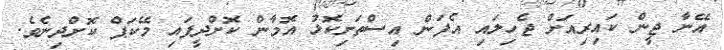
އޭނާ ޖީން ކައިރިއަށް ޖެހިލައި އެފަން އިސްތަށިކޮޅު އޮމާން ކޮށްދީފައި މޭކަޕް ކޮށްދިނެވެ.